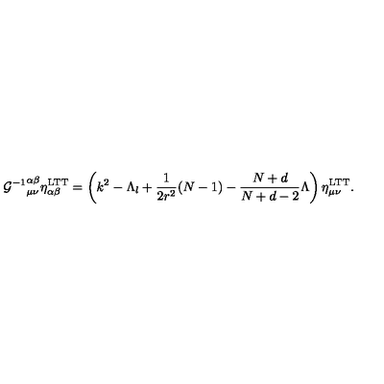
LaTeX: { { \cal G } ^ { - 1 } } _ { \mu \nu } ^ { \alpha \beta } \eta _ { \alpha \beta } ^ { \mathrm { L T T } } = \left( k ^ { 2 } - \Lambda _ { l } + \frac { 1 } { 2 r ^ { 2 } } ( N - 1 ) - \frac { N + d } { N + d - 2 } \Lambda \right) \eta _ { \mu \nu } ^ { \mathrm { L T T } } .